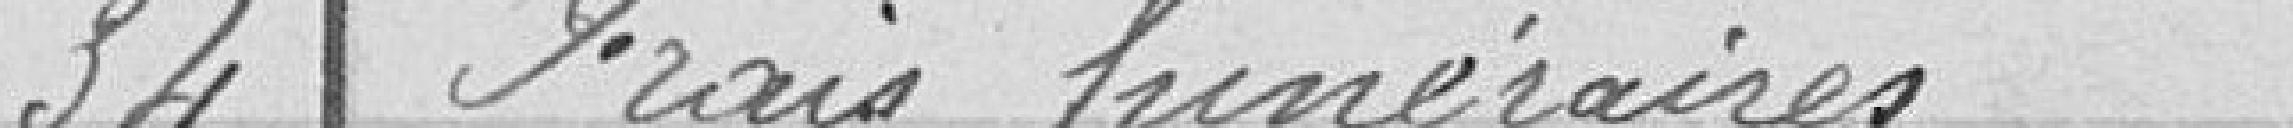
34 Frais funéraires